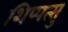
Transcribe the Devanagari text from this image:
शिप्पत्सु